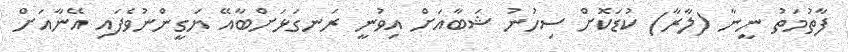
ފާތުމަތު ނީނާ (ލާރާ) ކުޑަކޮށް ސިހުނު ޝަބާއަށް އިވުނީ ރަނގަޅަށްބާއޭ ޔަގީންނުވެފައި އޭނާއަށް